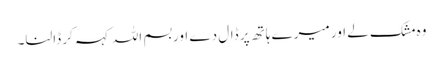
وہ مشک لے اور میرے ہاتھ پر ڈال دے اور بسم اللہ کہہ کر ڈالنا۔